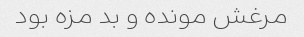
مرغش مونده و بد مزه بود